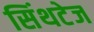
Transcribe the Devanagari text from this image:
सिंथटेज